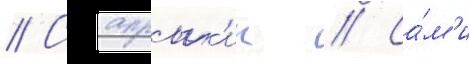
// Сапрык'ин // Са́м'и